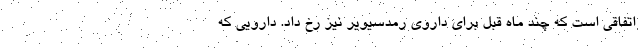
اتفاقی است که چند ماه قبل برای داروی رمدسیویر نیز رخ داد. دارویی که